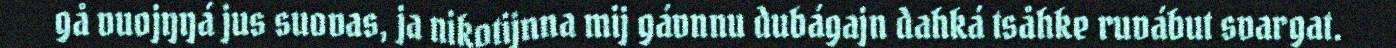
gå vuojŋŋá jus suovas, ja nikotijnna mij gávnnu dubágajn dahká tsåhke ruvábut svargat.